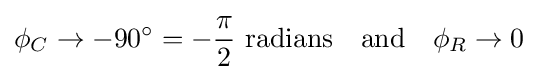
\phi _{C}\to -90^{\circ }=-{\frac {\pi }{2}}{\mbox{ radians}}\quad {\mbox{and}}\quad \phi _{R}\to 0